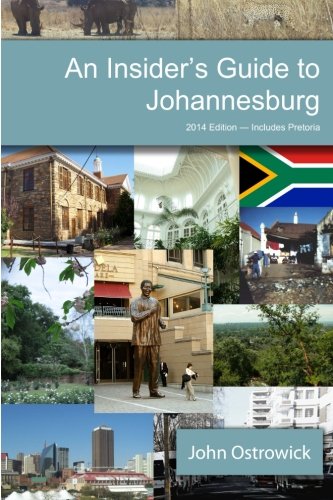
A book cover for An Insider's Guide to Johannesburg; John Ostrowick; Travel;